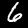
Digit: 6